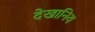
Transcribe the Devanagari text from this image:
देखानिय